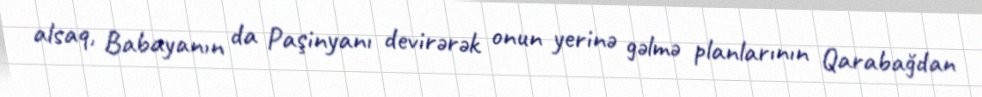
alsaq, Babayanın da Paşinyanı devirərək onun yerinə gəlmə planlarının Qarabağdan